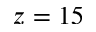
z = 1 5